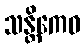
သန္တိကေဝ